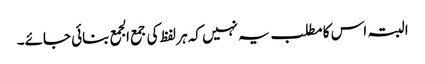
البتہ اس کا مطلب یہ نہیں کہ ہر لفظ کی جمع الجمع بنائی جائے۔